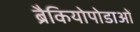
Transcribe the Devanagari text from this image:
ब्रैकियोपोडाओं